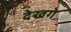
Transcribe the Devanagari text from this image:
देखगे